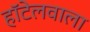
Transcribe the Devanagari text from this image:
हॉटेलवाला